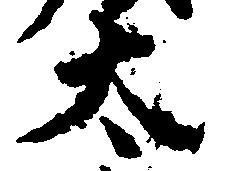
太